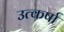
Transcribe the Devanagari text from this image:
उत्कर्षा